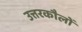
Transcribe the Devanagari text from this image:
उत्तरकौलों